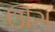
ઊગ